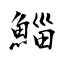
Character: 鯔